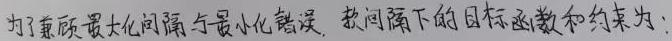
为了兼顾最大化间隔与最小化错误，软间隔下的目标函数和约束为：